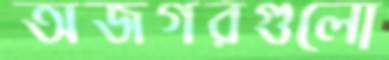
অজগরগুলো